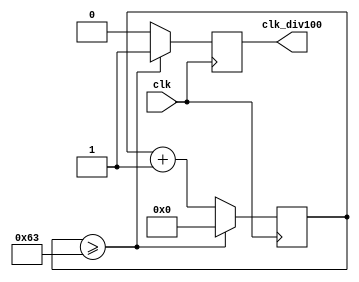
module counter_frequency_div_100 (
    input wire clk,       // Sinal de clock de entrada
    output wire clk_div100       // Sinal de sada
);
    reg out;
    reg [6:0] count = 7'b0;  // Registrador de contagem de 7 bits
    
    assign clk_div100 = out;

    always @(posedge clk) begin
        if (count >= 99)     // Verifica se a contagem atingiu 99
            begin
                count <= 7'b0; // Reinicia a contagem para 0
                out <= 1'b1;    // Define a sada como 1
            end
        else
            begin
                count <= count + 1;  // Incrementa a contagem
                out <= 1'b0;          // Mantm a sada em 0
            end
    end

endmodule